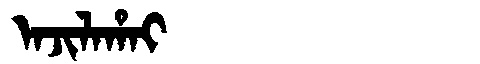
Manchu: ᠠᠵᡳᠯᠠᡥᠠᡳ
Romanization: AJILAHAI